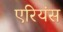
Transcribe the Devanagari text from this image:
एरियंस